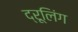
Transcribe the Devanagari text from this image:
द्रूलिंग